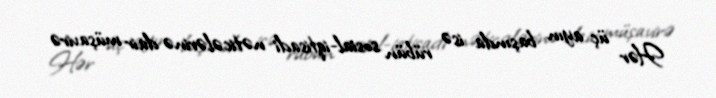
Hər üç ayın başında isə rübün sosial-iqtisadi nəticələrinə dair müşavirə